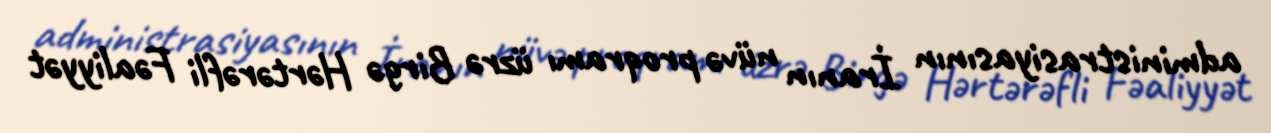
administrasiyasının İranın nüvə proqramı üzrə Birgə Hərtərəfli Fəaliyyət